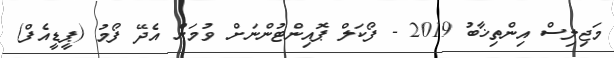
މަޖިލިސް އިންތިޚާބު 2019 - ފޯކަލް ޕޮއިންޓުންނަށް ވުމަށް އެދޭ ފޯމު (ޕީޑީއެފް)